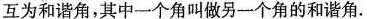
互为和谐角，其中一个角叫做另一个角的和谐角。